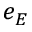
e _ { E }